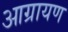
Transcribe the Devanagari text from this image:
आग्रायण